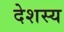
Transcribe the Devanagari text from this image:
देशस्य